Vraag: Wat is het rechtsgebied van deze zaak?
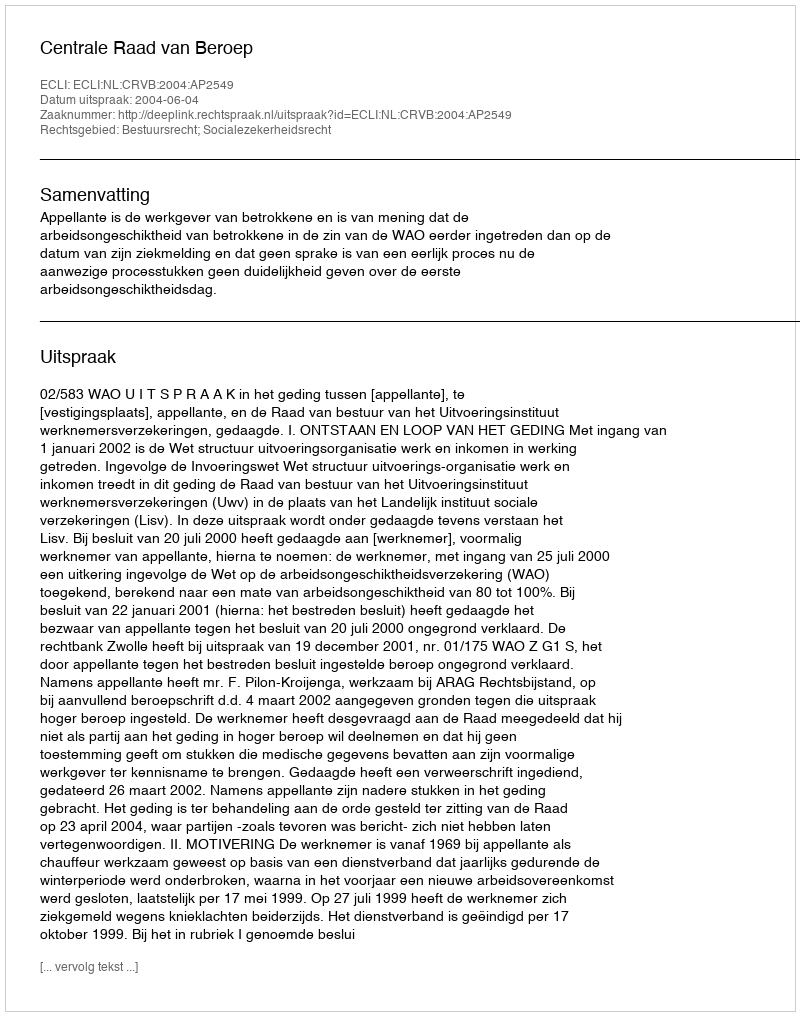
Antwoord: Bestuursrecht; Socialezekerheidsrecht